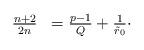
LaTeX: \begin{align*}\begin{array}{ll}\frac{n+2}{2n} & = \frac{p-1}{Q} + \frac{1}{\tilde{r}_{0}} \cdot \\\end{array}\end{align*}